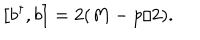
\left[ b ^ { \dagger } , b \right] = 2 ( M - p / 2 ) .